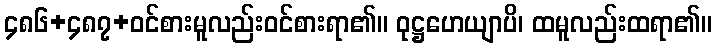
၄၈၆+၄၈၇+ဝင်စားမူလည်းဝင်စားရာ၏။ ဝုဋ္ဌဟေယျာပိ၊ ထမူလည်းထရာ၏။